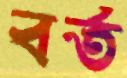
বর্ত